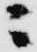
ニ